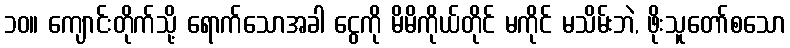
၁၀။ ကျောင်းတိုက်သို့ ရောက်သောအခါ ငွေကို မိမိကိုယ်တိုင် မကိုင် မသိမ်းဘဲ, ဖိုးသူတော်စသော